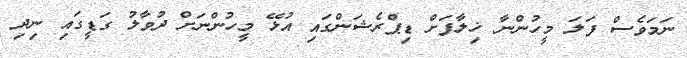
ނަމަވެސް ފަލަ މީހުންނާ ޚިލާފަށް ޑިޕްރެޝަންގައި އުޅޭ މީހުންނަށް ދުވާލު ގަޑީގައި ނިދި